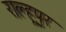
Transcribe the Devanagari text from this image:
राल्हूपुर